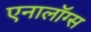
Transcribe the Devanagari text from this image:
एनालॉग्स